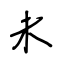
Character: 未